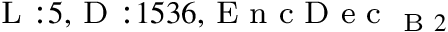
_ { \textrm { L } : 5 , \textrm { D } : 1 5 3 6 , \textrm { E n c D e c } _ { \textrm { B } 2 } }